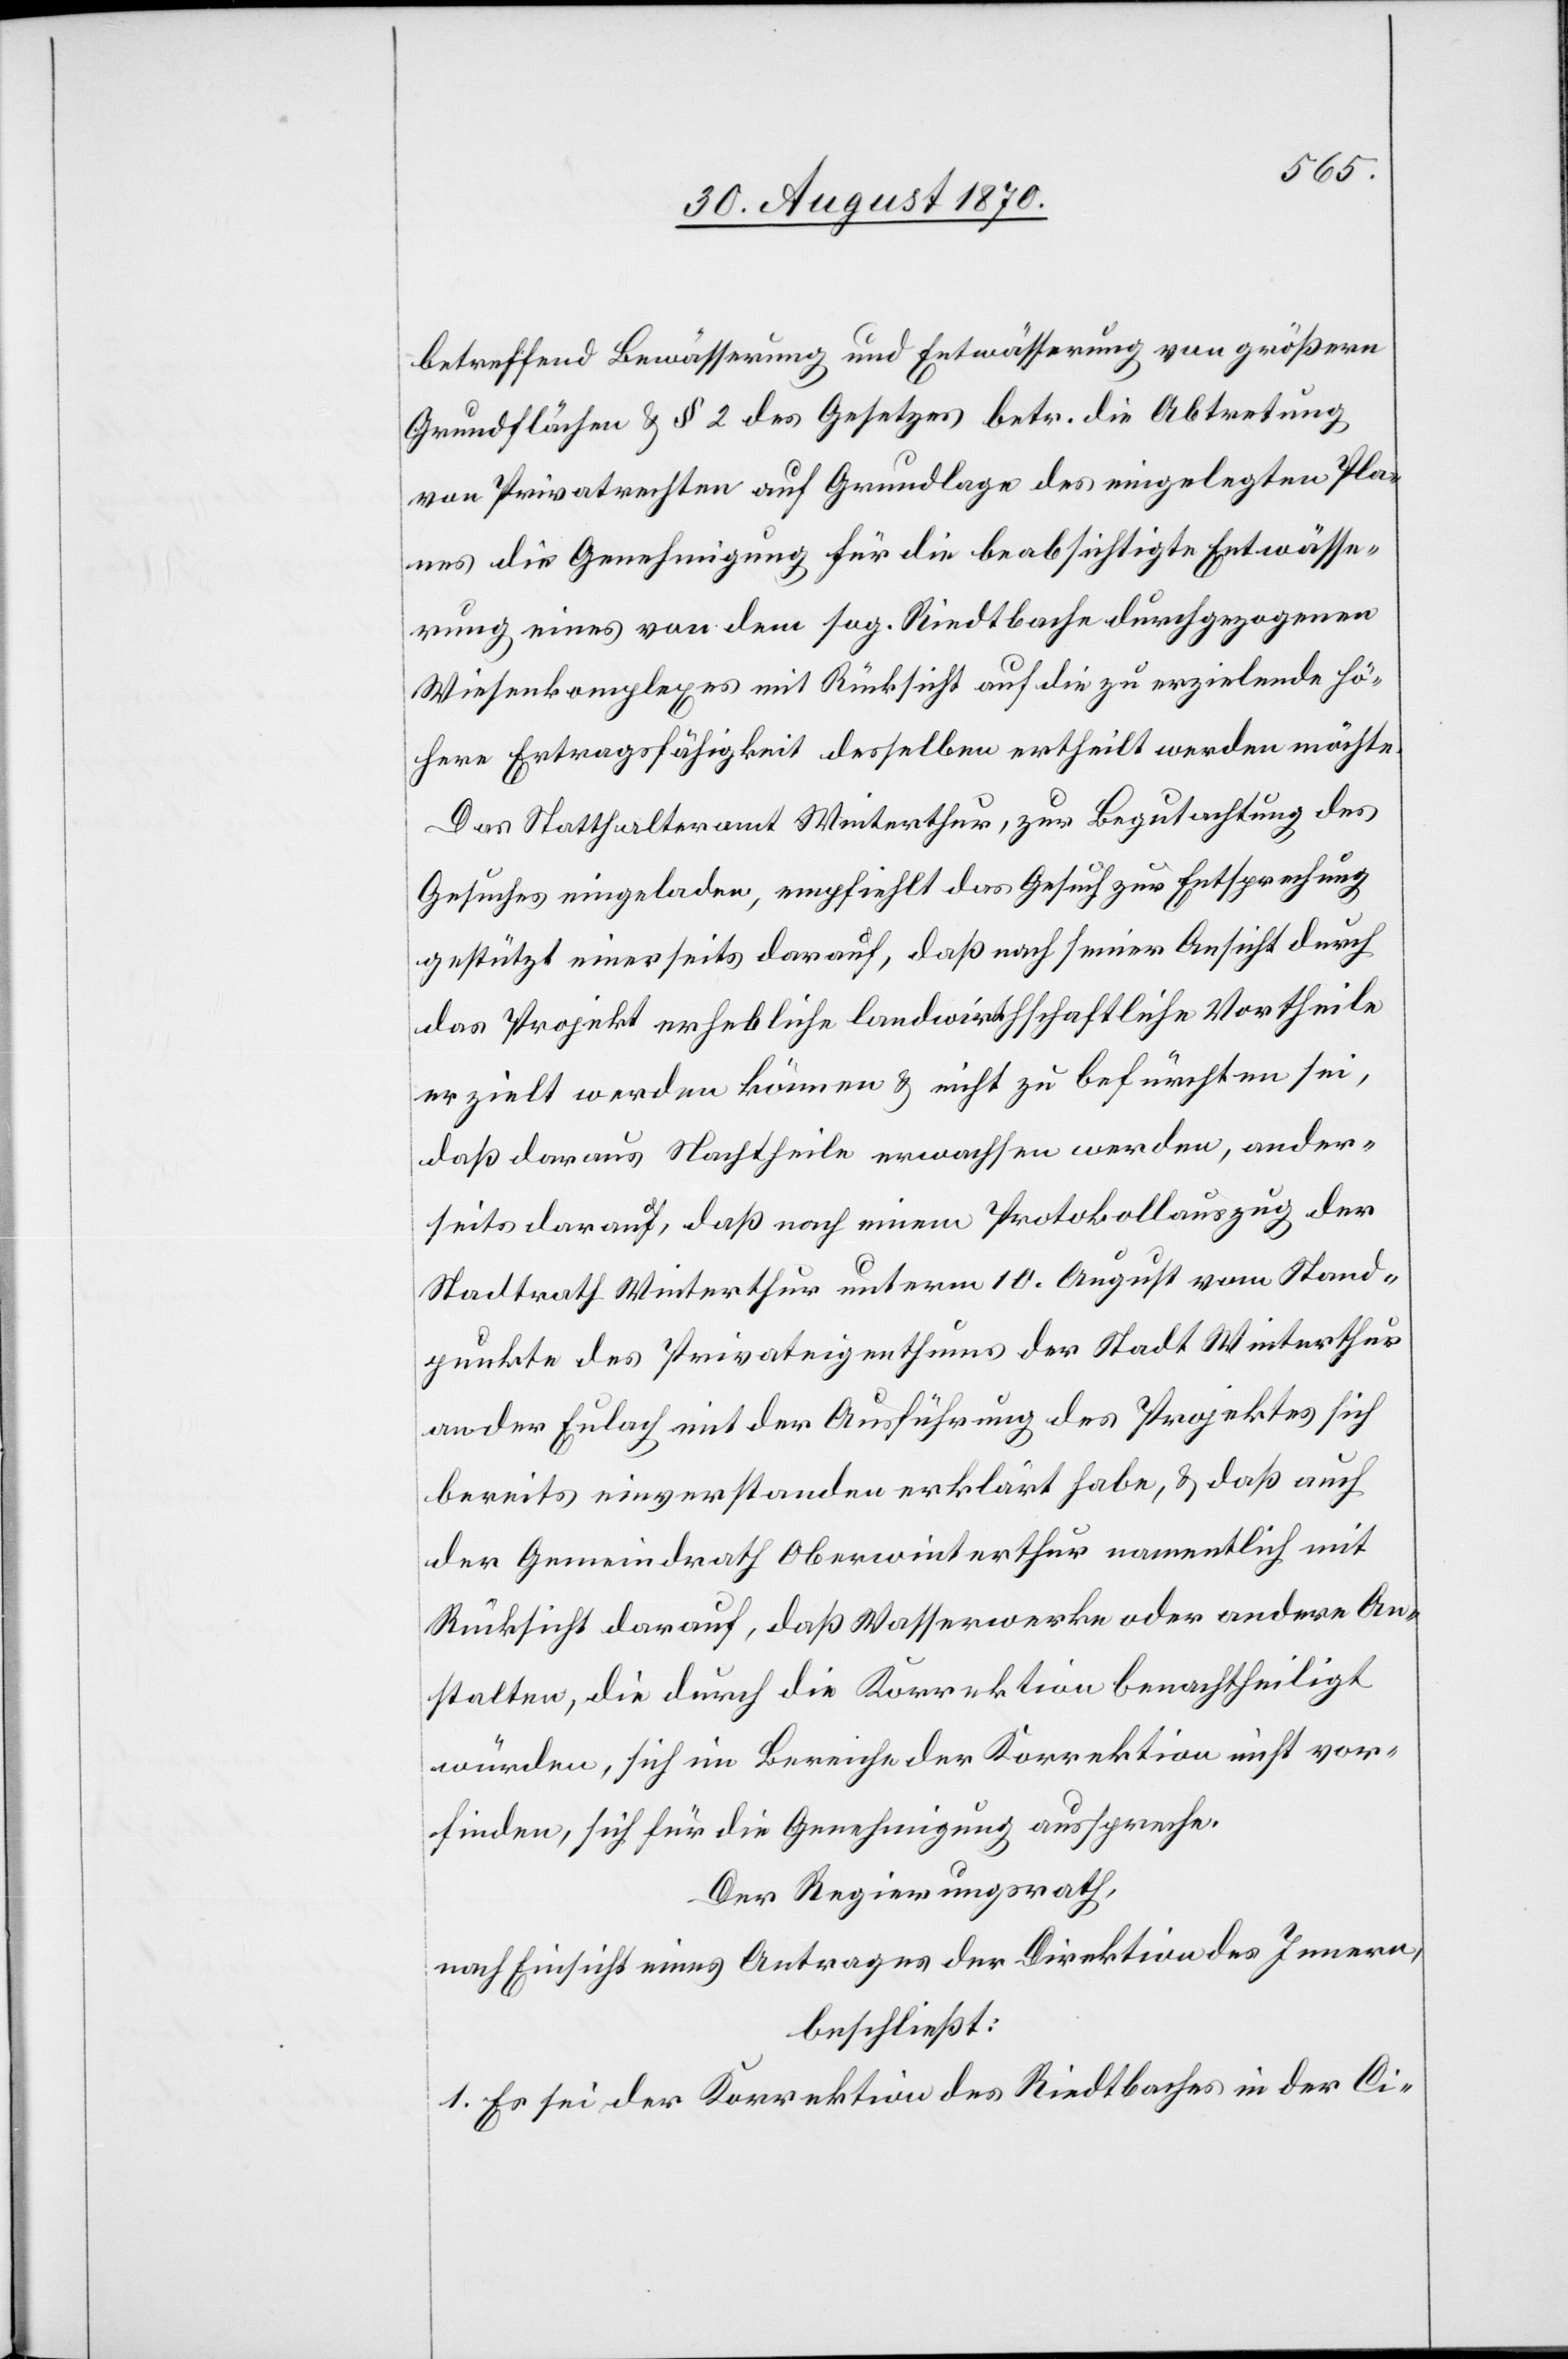
betreffend Bewässerung und Entwässerung von größern
Grundflächen & § 2 des Gesetzes betr. die Abtretung
von Privatrechten auf Grundlage des eingelegten Pla¬
nes die Genehmigung für die beabsichtigte Entwässe¬
rung eines von dem sog. Riedtbache durchgezogenen
Wiesenkomplexes mit Rücksicht auf die zu erzielende hö¬
here Ertragsfähigkeit desselben ertheilt werden möchte.
Das Statthalteramt Winterthur, zur Begutachtung des
Gesuches eingeladen, empfiehlt das Gesuch zur Entsprechung
gestützt einerseits darauf, daß nach seiner Ansicht durch
das Projekt erhebliche landwirthschaftliche Vortheile
erzielt werden können & nicht zur befürchten sei,
daß daraus Nachtheile erwachsen werden, ander¬
seits darauf, daß nach einem Protokollauszug der
Stadtrath Winterthur unterm 10. August vom Stand¬
punkte des Privateigenthums der Stadt Winterthur
an der Eulach mit der Ausführung des Projektes sich
bereits einverstanden erklärt habe, & daß auch
der Gemeindrath Oberwinterthur namentlich mit
Rücksicht darauf, daß Wasserwerke oder andere An¬
stalten, die durch die Korrektion benachtheiligt
würden, sich im Bereiche der Korrektion nicht vor¬
finden, sich für die Genehmigung ausspreche.
Der Regierungsrath,
nach Einsicht eines Antrages der Direktion des Innern,
beschließt:
1. Es sei der Korrektion des Riedtbaches in der Ci-